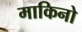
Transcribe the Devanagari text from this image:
माकिनो